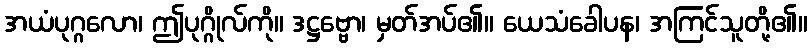
အယံပုဂ္ဂလော၊ ဤပုဂ္ဂိုလ်ကို။ ဒဋ္ဌဗ္ဗော၊ မှတ်အပ်၏။ ယေသံခေါပန၊ အကြင်သူတို့၏။